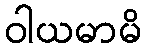
ဝါယမာမိ